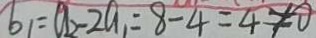
b _ { 1 } = a _ { 2 } - 2 a _ { 1 } = 8 - 4 = 4 \neq 0